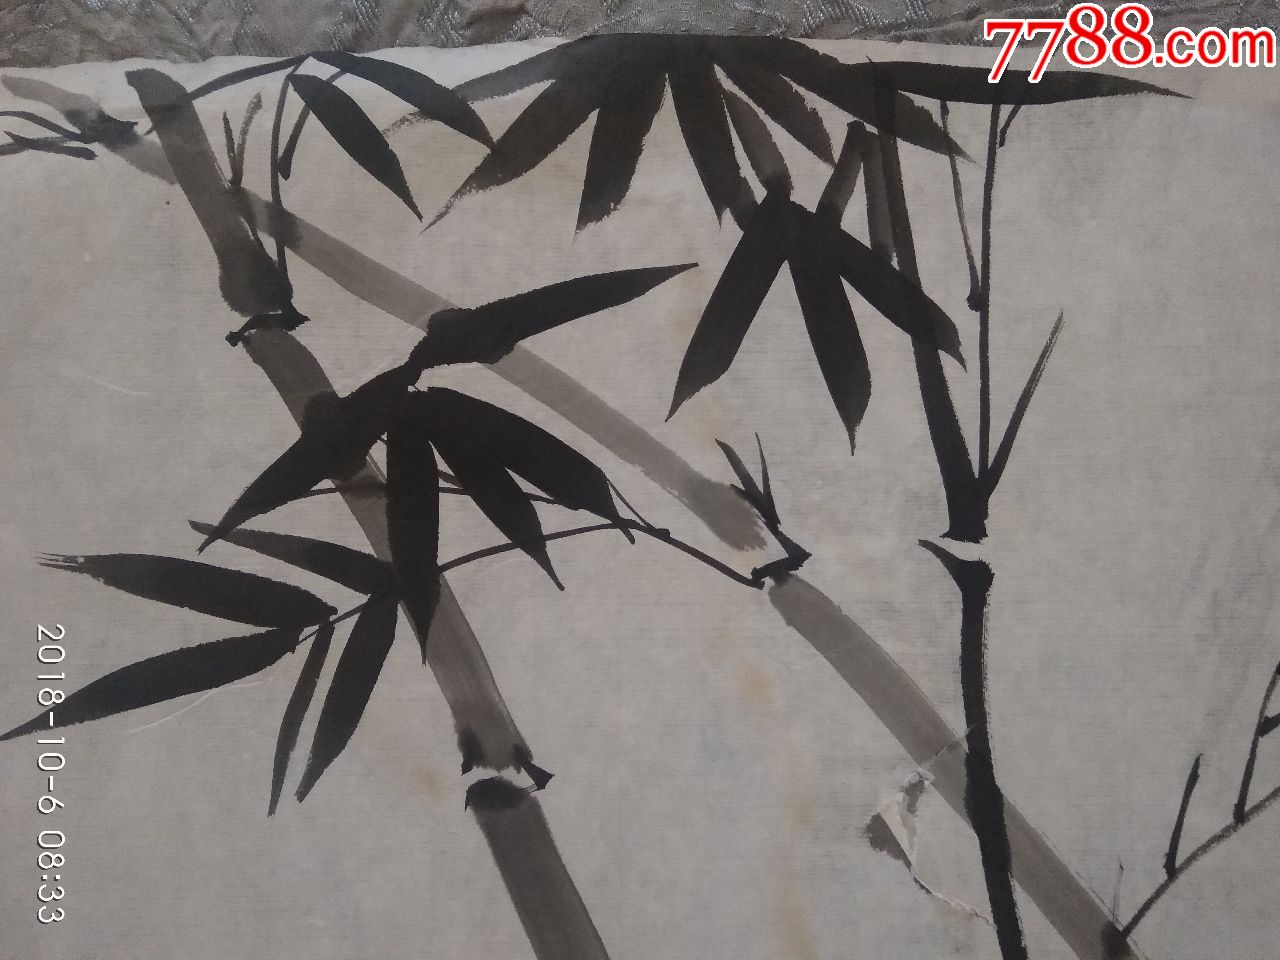
宁可食无肉，不可居无竹。